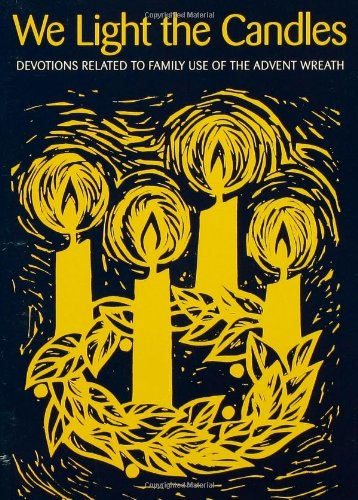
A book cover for We Light the Candles: Devotions Related to Family Use of the Advent Wreath; Catharine Brandt; Children's Books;